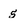
Character: 5